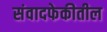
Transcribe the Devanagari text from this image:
संवादफेकीतील